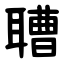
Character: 䏆